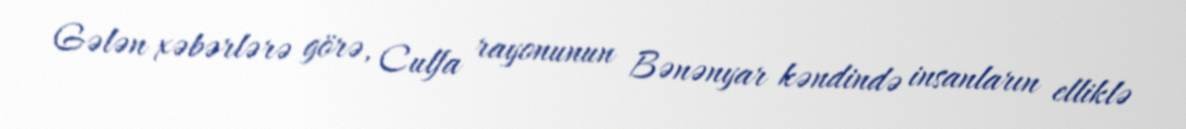
Gələn xəbərlərə görə, Culfa rayonunun Bənənyar kəndində insanların elliklə